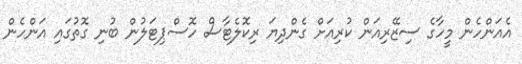
އެއަންހެން މީހާގެ ސިޒޭރިއަން ކުރިއަށް ގެންދިޔަ ރިކޮލެޓާސް ހޮސްޕިޓަލުން ބުނި ގޮތުގައި އަންހެން